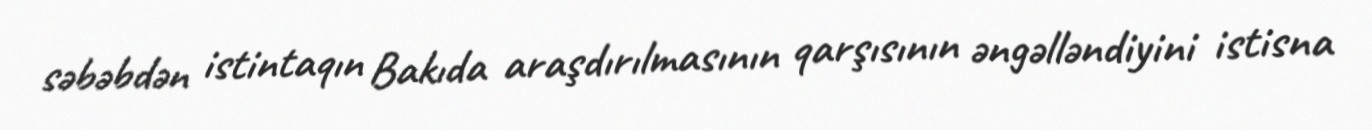
səbəbdən istintaqın Bakıda araşdırılmasının qarşısının əngəlləndiyini istisna